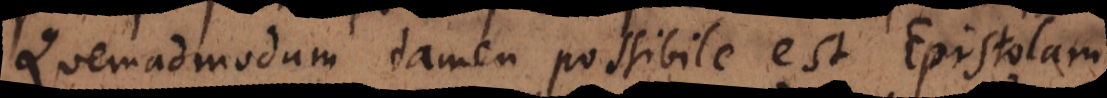
Quemadmodum tamen possibile est epistolam